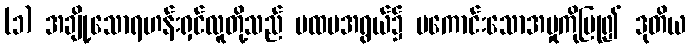
(၁) အချို့သောရဟန်းရှင်လူတို့သည် ပထမအရွယ်၌ မကောင်းသောအမှုကိုပြု၍ ဒုတိယ